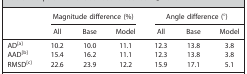
<table><thead><tr><td></td><td colspan="3"><b>Magnitude difference (%)</b></td><td colspan="3"><b>Angle difference (°)</b></td></tr><tr><td></td><td><b>All</b></td><td><b>Base</b></td><td><b>Model</b></td><td><b>All</b></td><td><b>Base</b></td><td><b>Model</b></td></tr></thead><tbody><tr><td>ADa</td><td>10.2</td><td>10.0</td><td>11.1</td><td>12.3</td><td>13.8</td><td>3.8</td></tr><tr><td>AADb</td><td>15.4</td><td>16.2</td><td>11.1</td><td>12.3</td><td>13.8</td><td>3.8</td></tr><tr><td>RMSDc</td><td>22.6</td><td>23.9</td><td>12.2</td><td>15.9</td><td>17.1</td><td>5.1</td></tr></tbody></table>